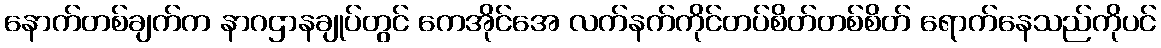
နောက်တစ်ချက်က နာဂဌာနချုပ်တွင် ကေအိုင်အေ လက်နက်ကိုင်တပ်စိတ်တစ်စိတ် ရောက်နေသည်ကိုပင်